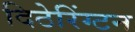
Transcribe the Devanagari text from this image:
दिठेरिंग्टन